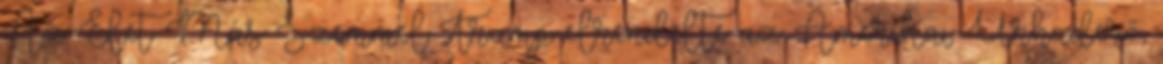
Az Élet Más Szemmel Trump elrendelte az Amerikai Űrhaderő,